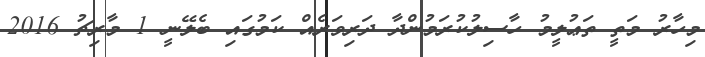
މިހާރު މަތީ ތަޢުލީމު ހާސިލުކުރަމުންދާ ދަރިވަރެއް ކަމުގައި ބެލޭނީ 1 މާރިޗު 2016